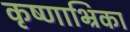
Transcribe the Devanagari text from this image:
कृष्णाभ्रिका